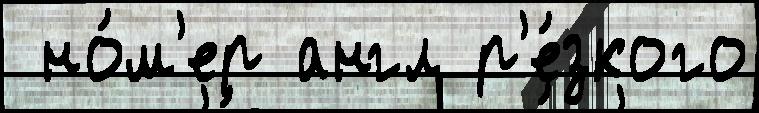
 но́м'ер англ р'е́зкого